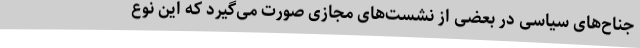
جناح‌های سیاسی در بعضی از نشست‌های مجازی صورت می‌گیرد که این نوع